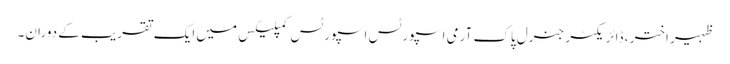
ظہیر اختر ، ڈائریکٹر جنرل پاک آرمی اسپورٹس اسپورٹس کمپلیکس میں ایک تقریب کے دوران۔